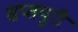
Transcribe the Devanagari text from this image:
सप्तपुरी